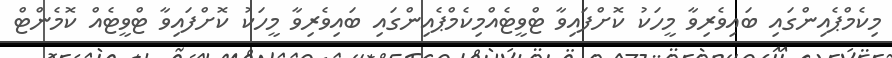
މިކެމްޕެއިންގައި ބައިވެރިވާ މީހަކު ކޮށްފައިވާ ޓްވީޓެއްމިކެމްޕެއިންގައި ބައިވެރިވާ މީހަކު ކޮށްފައިވާ ޓްވީޓެއް ކޮމެންޓް